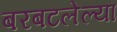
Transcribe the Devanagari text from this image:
बरबटलेल्या